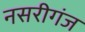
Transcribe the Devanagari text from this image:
नसरीगंज